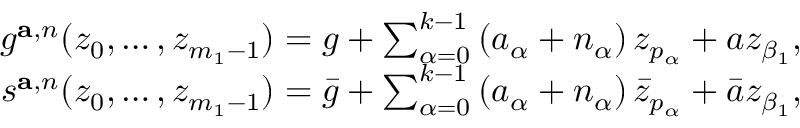
\begin{array} { r } { g ^ { \mathbf { a } , n } ( z _ { 0 } , \ldots , z _ { m _ { 1 } - 1 } ) = g + \sum _ { \alpha = 0 } ^ { k - 1 } \left( a _ { \alpha } + n _ { \alpha } \right) z _ { p _ { \alpha } } + a z _ { \beta _ { 1 } } , } \\ { s ^ { \mathbf { a } , n } ( z _ { 0 } , \ldots , z _ { m _ { 1 } - 1 } ) = \Bar { g } + \sum _ { \alpha = 0 } ^ { k - 1 } \left( a _ { \alpha } + n _ { \alpha } \right) \Bar z _ { p _ { \alpha } } + \Bar { a } z _ { \beta _ { 1 } } , } \end{array}